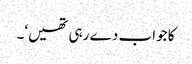
کا جواب دے رہی تھیں‘۔